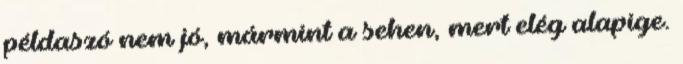
példaszó nem jó, mármint a sehen, mert elég alapige.